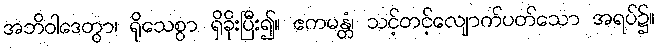
အဘိဝါဒေတွာ၊ ရိုသေစွာ ရှိခိုးပြီး၍။ ဧကမန္တံ၊ သင့်တင့်လျောက်ပတ်သော အရပ်၌။